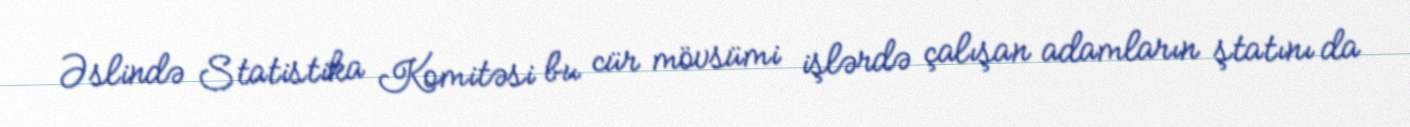
Əslində Statistika Komitəsi bu cür mövsümi işlərdə çalışan adamların ştatını da